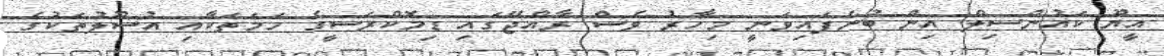
އީޔޫ ކައުންސިލް އިން ބުނެފައިވަނީ މިހާރު ވެސް ރާއްޖޭގައި ޑިމޮކްރަސީގެ ހަމަތަކާއި އުސޫލުތަކުގެ